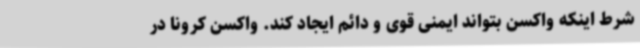
شرط اینکه واکسن بتواند ایمنی قوی و دائم ایجاد کند. واکسن کرونا در